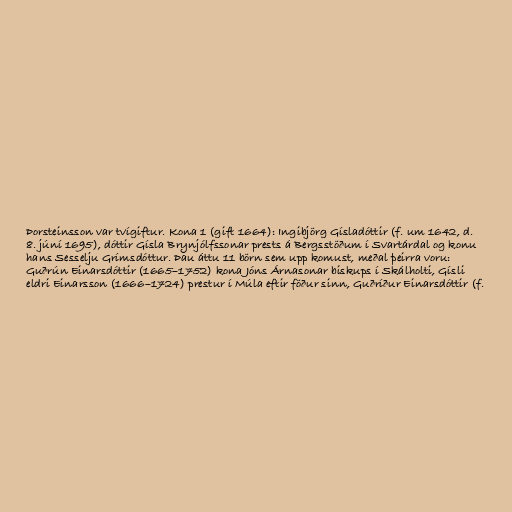
Þorsteinsson var tvígiftur. Kona 1 (gift 1664): Ingibjörg Gísladóttir (f. um 1642, d.
8. júní 1695), dóttir Gísla Brynjólfssonar prests á Bergsstöðum í Svartárdal og konu
hans Sesselju Grímsdóttur. Þau áttu 11 börn sem upp komust, meðal þeirra voru:
Guðrún Einarsdóttir (1665–1752) kona Jóns Árnasonar biskups í Skálholti, Gísli
eldri Einarsson (1666–1724) prestur í Múla eftir föður sinn, Guðríður Einarsdóttir (f.